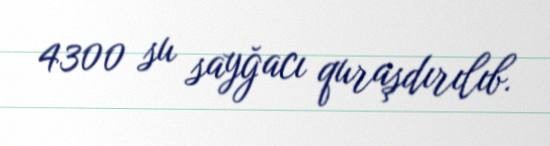
4300 su sayğacı quraşdırılıb.